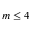
m \leq 4